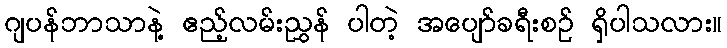
ဂျပန်ဘာသာနဲ့ ဧည့်လမ်းညွှန် ပါတဲ့ အပျော်ခရီးစဉ် ရှိပါသလား။